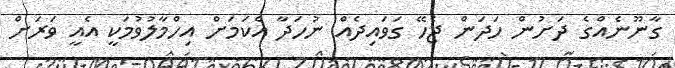
ގާނޫނެއްގެ ދަށުން ހަދަން ޖެހޭ ގަވައިދެއް ނުހަދާ އެކަމަށް އިހްމާލުވުމަކީ އެއީ ވަރަށް